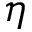
\eta